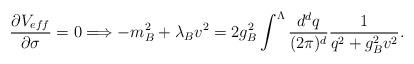
LaTeX: \begin{align*}\frac{\partial V_{eff}}{\partial \sigma}=0 \Longrightarrow-m_{B}^{2}+\lambda_{B}v^{2}=2g_{B}^{2}\int^{\Lambda}\frac{d^{d}q}{(2\pi)^{d}}\frac{1}{q^{2}+g_{B}^{2}v^{2}}.\end{align*}